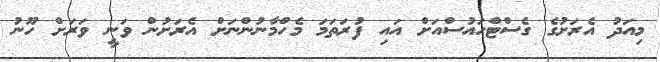
މިއަދު އެރަށުގެ ގެސްޓްހައުސްއަށް އައި ފުރަތަމަ މެހްމާނުންނަށް އެރަށުން ވަނީ ވަރަށް ހޫނު